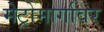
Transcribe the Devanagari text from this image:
मेट्रोमार्गावर